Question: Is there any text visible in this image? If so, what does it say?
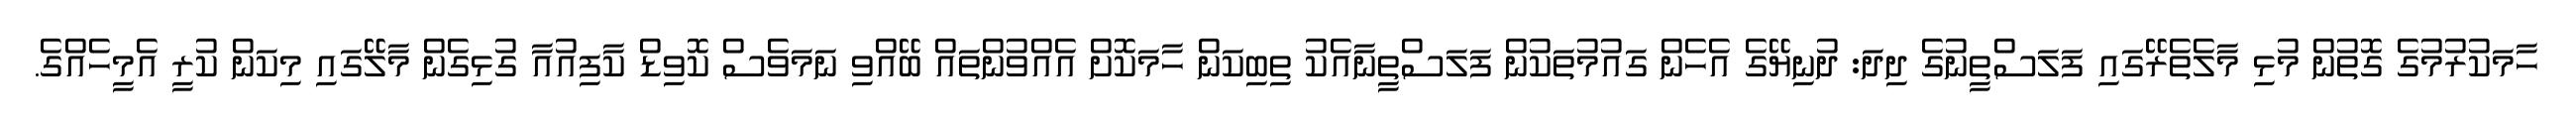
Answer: ހާމަކުރުމުގެ ގޮތުން މުޅި މާލެތެރޭގައި ފަލަސްތީނުގެ ދިދަ: ދުނިޔޭގެ އެހެން ގައުމުތަކުން ފަލަސްތީނާއެކު ތިބިކަން ހާމަކޮށް އެއްވުންތައް ބޭއްވި ނަމަވެސް ކޮވިޑް ކާފިއުއާ ގުޅިގެން މާލޭގައި މިކަން ކުރީ އެމީހެއްގެ.